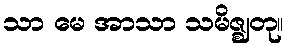
သာ မေ အာသာ သမိဇ္ဈတု။